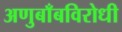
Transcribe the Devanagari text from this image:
अणुबाँबविरोधी